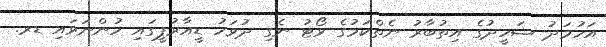
އަހުމަދު ޝަހީދުގެ އިތުބާރު ނެތްކަމުގެ ވޯޓު ނެގި ދުވަހު ޑީއާރުޕީގައި ހުންނަވައި ޑރ.